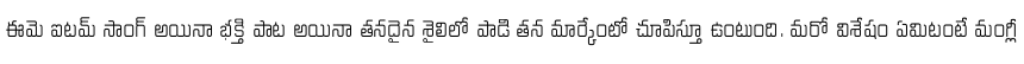
ఈమె ఐటమ్ సాంగ్ అయినా భక్తి పాట అయినా తనదైన శైలిలో పాడి తన మార్కేంటో చూపిస్తూ ఉంటుంది. మరో విశేషం ఏమిటంటే మంగ్లీ